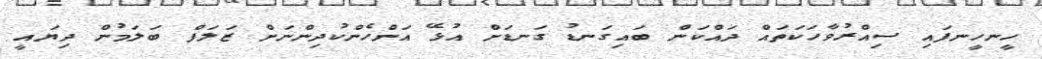
ހީނހީނފައި ސިއްރުވާހަކަތައް ދައްކަން ބައިގަނޑު ގަނޑަށް އުޅޭ އަންހެންކުދިންނަށް ޒަލަފް ބަލަމުން ދިޔައީ